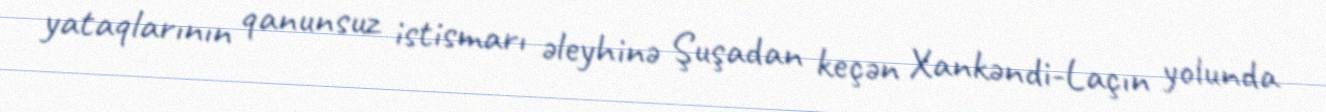
yataqlarının qanunsuz istismarı əleyhinə Şuşadan keçən Xankəndi-Laçın yolunda